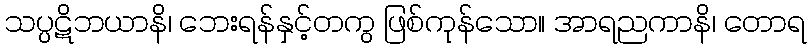
သပ္ပဋိဘယာနိ၊ ဘေးရန်နှင့်တကွ ဖြစ်ကုန်သော။ အာရညကာနိ၊ တောရ